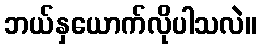
ဘယ်နှယောက်လိုပါသလဲ။